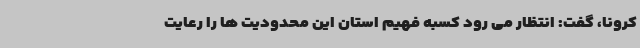
کرونا، گفت: انتظار می رود کسبه فهیم استان این محدودیت ها را رعایت